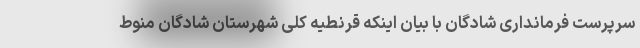
سرپرست فرمانداری شادگان با بیان اینکه قرنطیه کلی شهرستان شادگان منوط